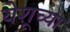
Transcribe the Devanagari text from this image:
येशूच्‍या